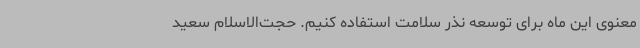
معنوی این ماه برای توسعه نذر سلامت استفاده کنیم. حجت‌الاسلام سعید